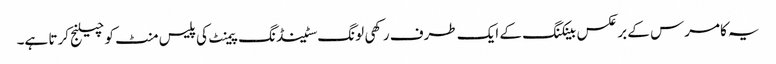
یہ کامرس کے بر عکس بینکنگ کے ایک طرف رکھی لونگ سٹینڈنگ پیمنٹ کی پلیس منٹ کو چیلنج کرتا ہے۔